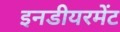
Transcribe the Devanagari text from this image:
इनडीयरमेंट